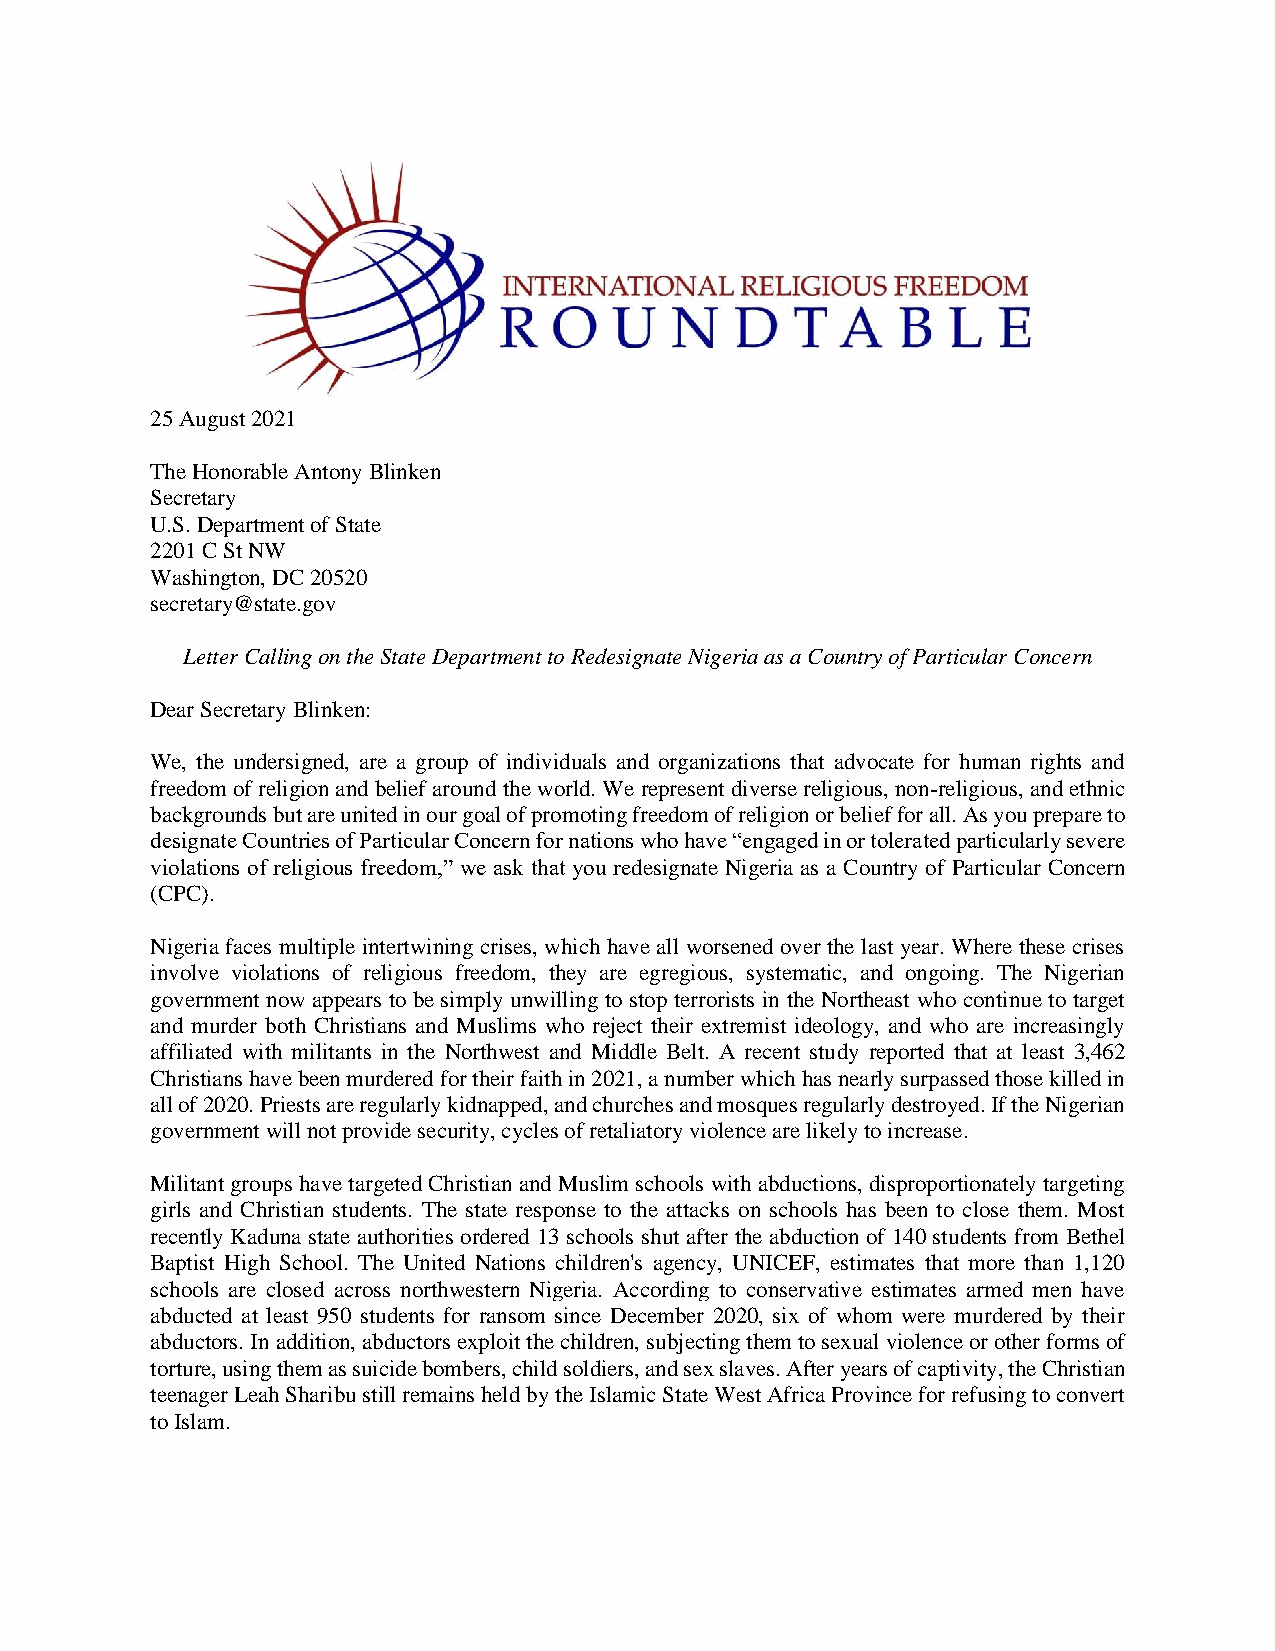
25 August 2021
 The Honorable Antony Blinken
 Secretary
 U.S. Department of State
 2201 C St NW
 Washington, DC 20520
 secretary@state.gov
 Letter Calling on the State Department to Redesignate Nigeria as a Country of Particular Concern
 Dear Secretary Blinken:
 We, the undersigned, are a group of individuals and organizations that advocate for human rights and
 freedom of religion and belief around the world. We represent diverse religious, non-religious, and ethnic
 backgrounds but are united in our goal of promoting freedom of religion or belief for all. As you prepare to
 designate Countries of Particular Concern for nations who have “engaged in or tolerated particularly severe
 violations of religious freedom,” we ask that you redesignate Nigeria as a Country of Particular Concern
 (CPC).
 Nigeria faces multiple intertwining crises, which have all worsened over the last year. Where these crises
 involve violations of religious freedom, they are egregious, systematic, and ongoing. The Nigerian
 government now appears to be simply unwilling to stop terrorists in the Northeast who continue to target
 and murder both Christians and Muslims who reject their extremist ideology, and who are increasingly
 affiliated with militants in the Northwest and Middle Belt. A recent study reported that at least 3,462
 Christians have been murdered for their faith in 2021, a number which has nearly surpassed those killed in
 all of 2020. Priests are regularly kidnapped, and churches and mosques regularly destroyed. If the Nigerian
 government will not provide security, cycles of retaliatory violence are likely to increase.
 Militant groups have targeted Christian and Muslim schools with abductions, disproportionately targeting
 girls and Christian students. The state response to the attacks on schools has been to close them. Most
 recently Kaduna state authorities ordered 13 schools shut after the abduction of 140 students from Bethel
 Baptist High School. The United Nations children's agency, UNICEF, estimates that more than 1,120
 schools are closed across northwestern Nigeria. According to conservative estimates armed men have
 abducted at least 950 students for ransom since December 2020, six of whom were murdered by their
 abductors. In addition, abductors exploit the children, subjecting them to sexual violence or other forms of
 torture, using them as suicide bombers, child soldiers, and sex slaves. After years of captivity, the Christian
 teenager Leah Sharibu still remains held by the Islamic State West Africa Province for refusing to convert
 to Islam.